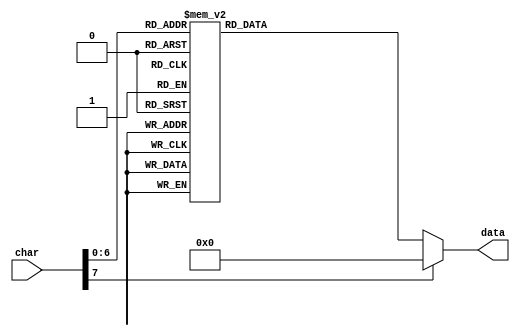
`timescale 1ns / 1ps
//////////////////////////////////////////////////////////////////////////////////
// Company: 
// Engineer: 
// 
// Design Name: 
// Module Name: font
// Project Name: 
// Target Devices: 
// Tool Versions: 
// Description: Bitmap 5x8(WxH) font table, stored vertically.
//              TO draw a character: Access bits 40,32,24,16,8 for first row etc.
// Dependencies: 
// 
// Revision:
// Revision 0.01 - File Created
// Additional Comments:
// 
//////////////////////////////////////////////////////////////////////////////////


module font(input [7:0] char, output reg [40:1] data);
    always @ * begin
        case(char)
            " ": data = 0;
            "A": data = {8'h7F, 8'h88, 8'h88, 8'h88, 8'h7F};
            "B": data = {8'hFF, 8'h91, 8'h91, 8'h91, 8'h6E}; 
            "C": data = {8'h7E, 8'h81, 8'h81, 8'h81, 8'h42}; 
            "D": data = {8'hFF, 8'h81, 8'h81, 8'h42, 8'h3C}; 
            "E": data = {8'hFF, 8'h91, 8'h91, 8'h91, 8'h81}; 
            "F": data = {8'hFF, 8'h90, 8'h90, 8'h90, 8'h80}; 
            "G": data = {8'h7E, 8'h81, 8'h89, 8'h89, 8'h4E}; 
            "H": data = {8'hFF, 8'h10, 8'h10, 8'h10, 8'hFF}; 
            "I": data = {8'h81, 8'h81, 8'hFF, 8'h81, 8'h81}; 
            "J": data = {8'h06, 8'h01, 8'h01, 8'h01, 8'hFE}; 
            "K": data = {8'hFF, 8'h18, 8'h24, 8'h42, 8'h81}; 
            "L": data = {8'hFF, 8'h01, 8'h01, 8'h01, 8'h01}; 
            "M": data = {8'hFF, 8'h40, 8'h30, 8'h40, 8'hFF}; 
            "N": data = {8'hFF, 8'h40, 8'h30, 8'h08, 8'hFF}; 
            "O": data = {8'h7E, 8'h81, 8'h81, 8'h81, 8'h7E}; 
            "P": data = {8'hFF, 8'h88, 8'h88, 8'h88, 8'h70}; 
            "Q": data = {8'h7E, 8'h81, 8'h85, 8'h82, 8'h7D}; 
            "R": data = {8'hFF, 8'h88, 8'h8C, 8'h8A, 8'h71}; 
            "S": data = {8'h61, 8'h91, 8'h91, 8'h91, 8'h8E}; 
            "T": data = {8'h80, 8'h80, 8'hFF, 8'h80, 8'h80}; 
            "U": data = {8'hFE, 8'h01, 8'h01, 8'h01, 8'hFE}; 
            "V": data = {8'hF0, 8'h0C, 8'h03, 8'h0C, 8'hF0}; 
            "W": data = {8'hFF, 8'h02, 8'h0C, 8'h02, 8'hFF}; 
            "X": data = {8'hC3, 8'h24, 8'h18, 8'h24, 8'hC3}; 
            "Y": data = {8'hE0, 8'h10, 8'h0F, 8'h10, 8'hE0}; 
            "Z": data = {8'h83, 8'h85, 8'h99, 8'hA1, 8'hC1}; 
            "a": data = {8'h06, 8'h29, 8'h29, 8'h29, 8'h1F}; 
            "b": data = {8'hFF, 8'h09, 8'h11, 8'h11, 8'h0E}; 
            "c": data = {8'h1E, 8'h21, 8'h21, 8'h21, 8'h12}; 
            "d": data = {8'h0E, 8'h11, 8'h11, 8'h09, 8'hFF}; 
            "e": data = {8'h0E, 8'h15, 8'h15, 8'h15, 8'h0C}; 
            "f": data = {8'h08, 8'h7F, 8'h88, 8'h80, 8'h40}; 
            "g": data = {8'h30, 8'h49, 8'h49, 8'h49, 8'h7E}; 
            "h": data = {8'hFF, 8'h08, 8'h10, 8'h10, 8'h0F}; 
            "i": data = {8'h00, 8'h00, 8'h5F, 8'h00, 8'h00}; 
            "j": data = {8'h02, 8'h01, 8'h21, 8'hBE, 8'h00}; 
            "k": data = {8'hFF, 8'h04, 8'h0A, 8'h11, 8'h00}; 
            "l": data = {8'h00, 8'h81, 8'hFF, 8'h01, 8'h00}; 
            "m": data = {8'h3F, 8'h20, 8'h18, 8'h20, 8'h1F}; 
            "n": data = {8'h3F, 8'h10, 8'h20, 8'h20, 8'h1F}; 
            "o": data = {8'h0E, 8'h11, 8'h11, 8'h11, 8'h0E}; 
            "p": data = {8'h3F, 8'h24, 8'h24, 8'h24, 8'h18}; 
            "q": data = {8'h10, 8'h28, 8'h28, 8'h18, 8'h3F}; 
            "r": data = {8'h1F, 8'h08, 8'h10, 8'h10, 8'h08}; 
            "s": data = {8'h09, 8'h15, 8'h15, 8'h15, 8'h02}; 
            "t": data = {8'h20, 8'hFE, 8'h21, 8'h01, 8'h02}; 
            "u": data = {8'h1E, 8'h01, 8'h01, 8'h02, 8'h1F}; 
            "v": data = {8'h1C, 8'h02, 8'h01, 8'h02, 8'h1C}; 
            "w": data = {8'h1E, 8'h01, 8'h0E, 8'h01, 8'h1E}; 
            "x": data = {8'h11, 8'h0A, 8'h04, 8'h0A, 8'h11}; 
            "y": data = {8'h00, 8'h39, 8'h05, 8'h05, 8'h3E}; 
            "z": data = {8'h11, 8'h13, 8'h15, 8'h19, 8'h11};
            "1": data = {8'h00, 8'h41, 8'hFF, 8'h01, 8'h00};
            "2": data = {8'h43, 8'h85, 8'h89, 8'h91, 8'h61};
            "3": data = {8'h42, 8'h81, 8'h91, 8'h91, 8'h6E};
            "4": data = {8'h18, 8'h28, 8'h48, 8'hFF, 8'h08};
            "5": data = {8'hF2, 8'h91, 8'h91, 8'h91, 8'h8E};
            "6": data = {8'h1E, 8'h29, 8'h49, 8'h89, 8'h86};
            "7": data = {8'h80, 8'h8F, 8'h90, 8'hA0, 8'hC0};
            "8": data = {8'h6E, 8'h91, 8'h91, 8'h91, 8'h6E};
            "9": data = {8'h70, 8'h89, 8'h89, 8'h8A, 8'h7C};
            "?": data = {8'h60, 8'h80, 8'h8D, 8'h90, 8'h60};
            "!": data = {8'h00, 8'h00, 8'hFD, 8'h00, 8'h00};
            "0": data = {8'h7E, 8'h89, 8'h91, 8'hA1, 8'h7E};
            8'h7E: data = {8'h10, 8'h10, 8'h54, 8'h38, 8'h10}; //  R arrow
            8'h7F: data = {8'h08, 8'h1C, 8'h2A, 8'h08, 8'h08}; //  L arrow
            default: data = 0;
        endcase
    end
endmodule